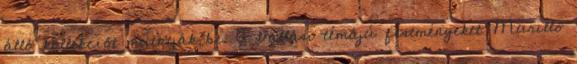
álló kollekciót mutatják be. A vallási témájú festményeket Murillo